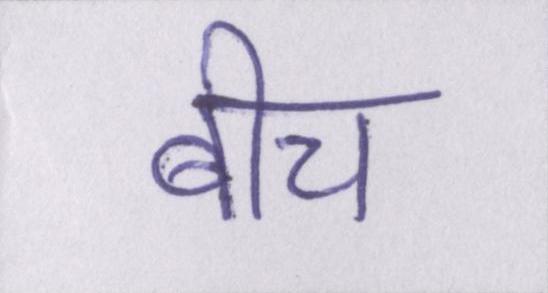
बीच